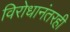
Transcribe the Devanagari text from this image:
विरोधानंतरही